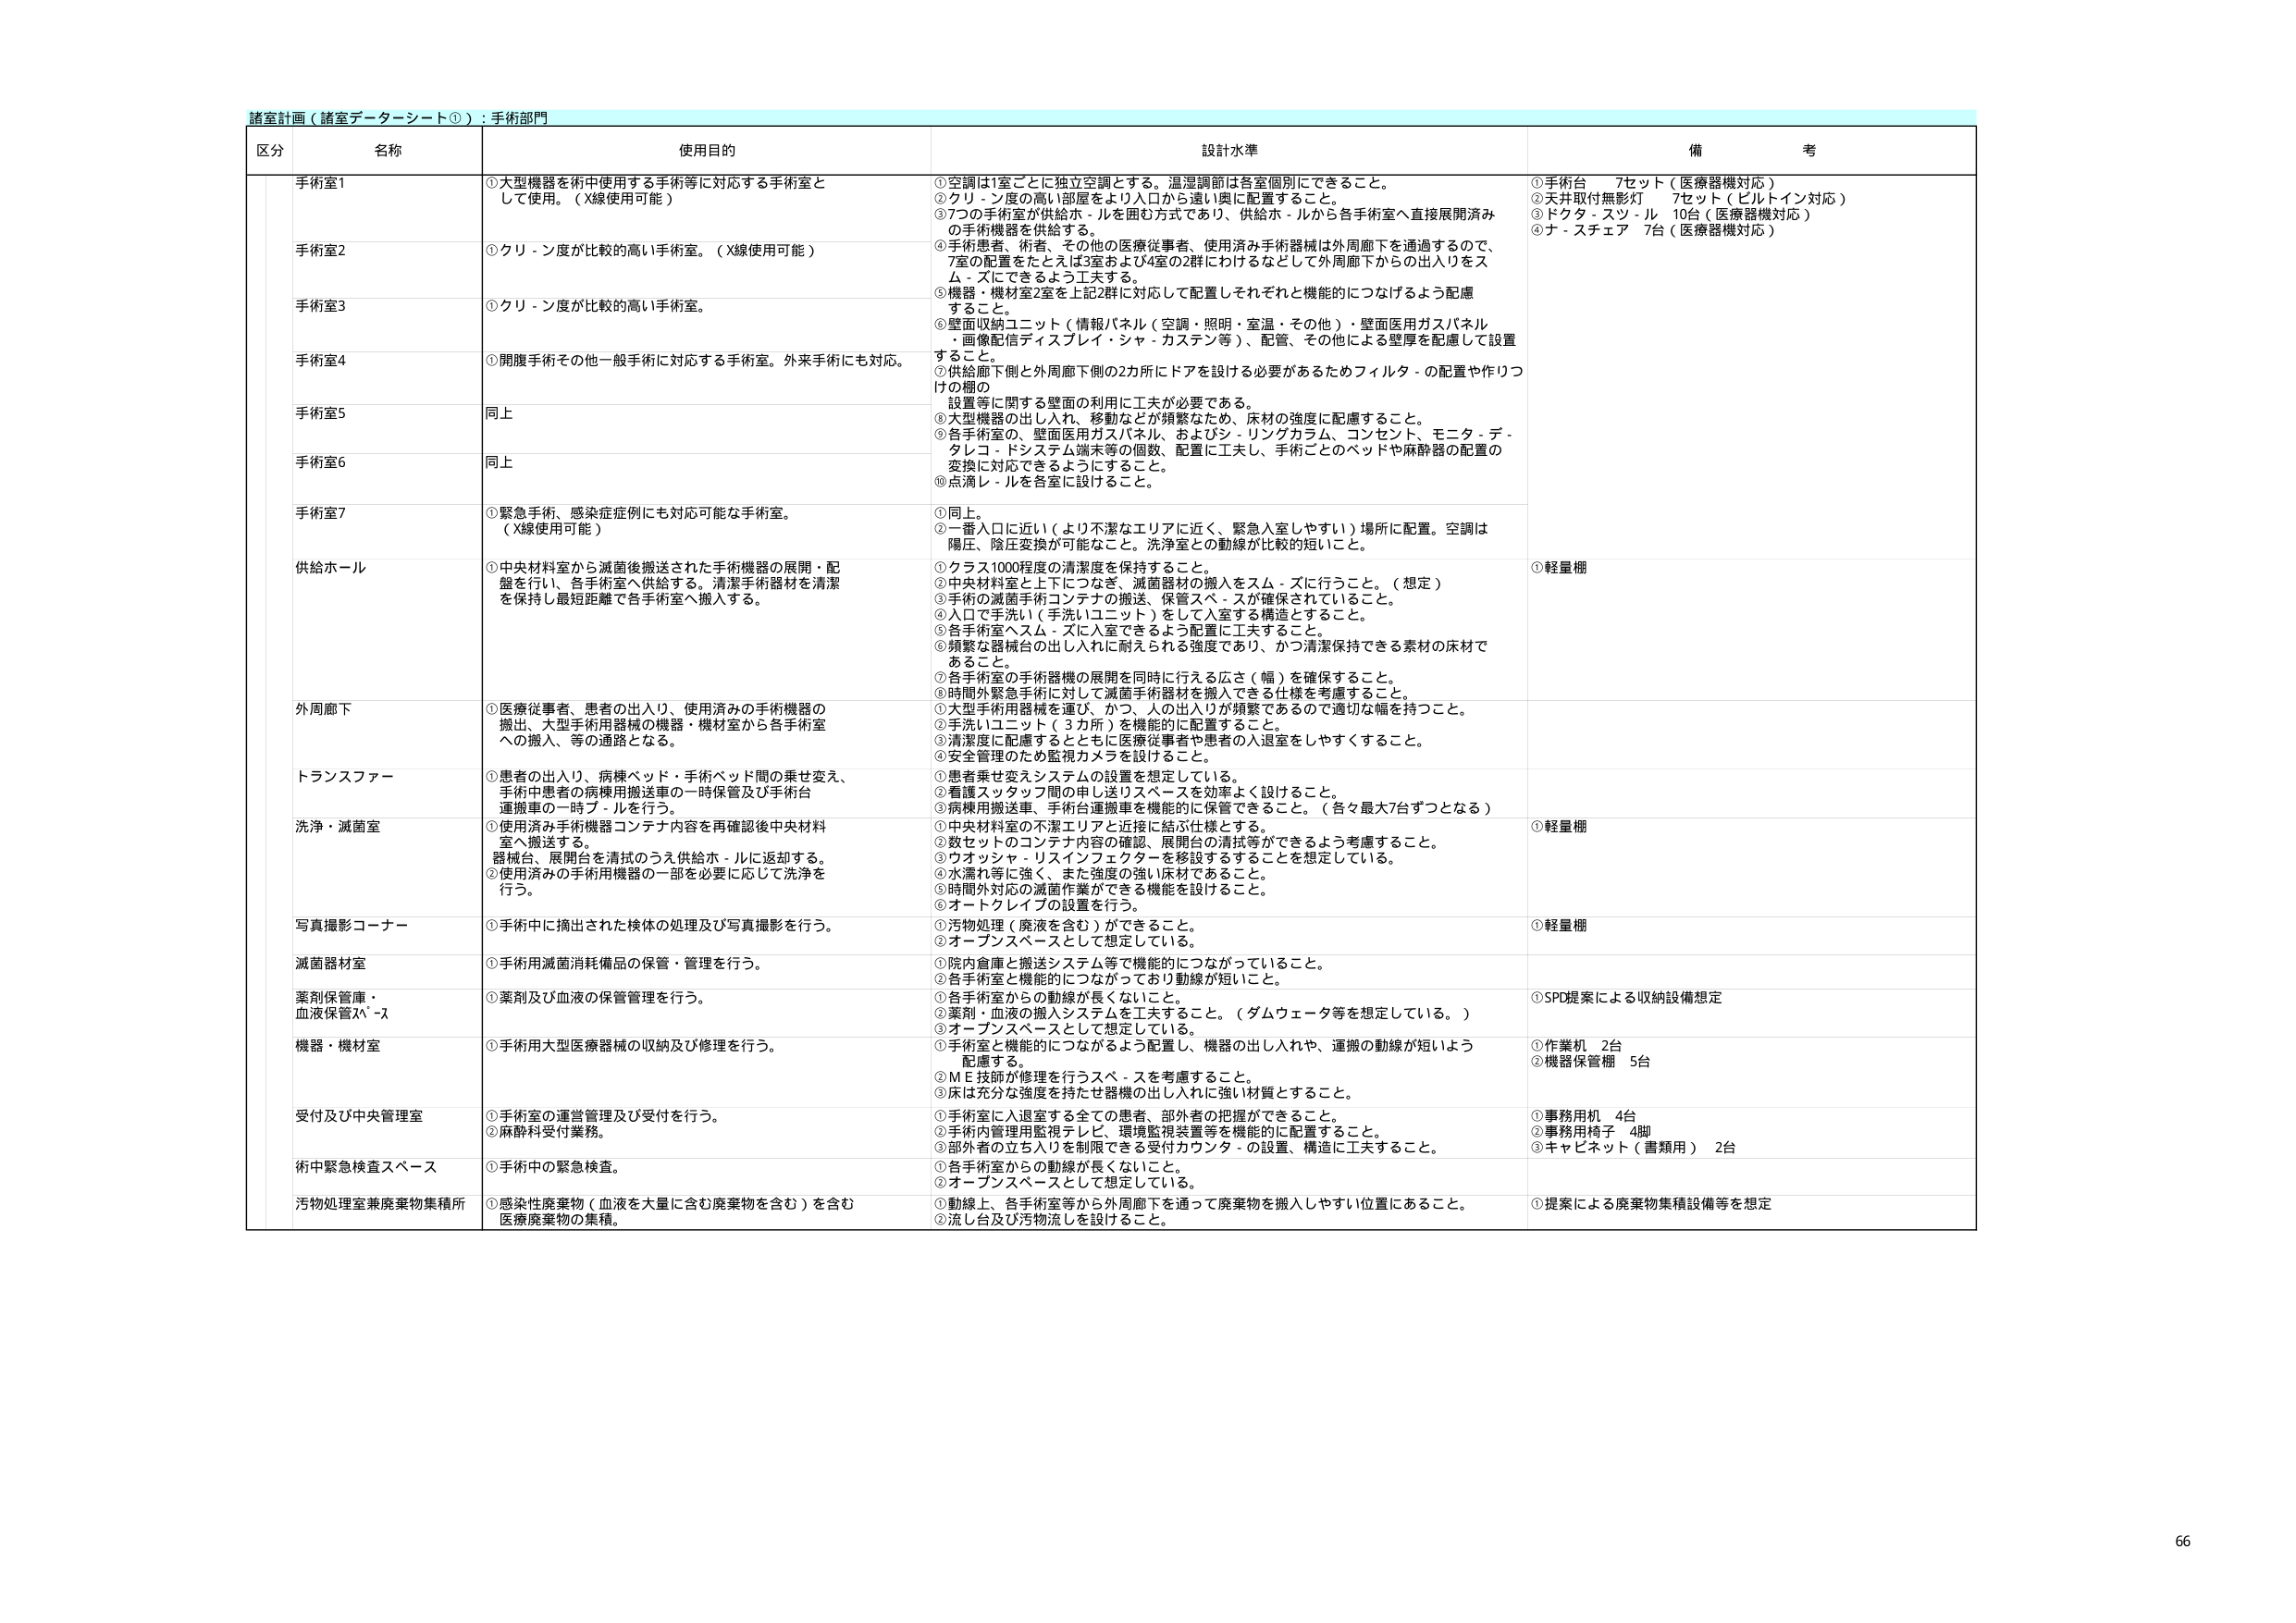
諸室計画（諸室データシート①）：手術部門

区分 名称 使用目的 設計水準 備考

手術室1 ①大型機器を術中使用する手術等に対応する手術室として使用。（X線使用可能） ①空調は1室ごとに独立空調とする。温湿調節は各室個別にできること。 ②クリ－ン度の高い部屋をより入口から遠い奥に配置すること。 ③7つの手術室が供給ホ－ルを囲む方式であり、供給ホ－ルから各手術室へ直接展開済みの手術機器を供給する。 ①手術台 7セット（医療器機対応） ②天井取付無影灯 7セット（ビルトイン対応） ③ドクタ－スツ－ル 10台（医療器機対応） ④ナ－スチェア 7台（医療器機対応）

手術室2 ①クリ－ン度が比較的高い手術室。（X線使用可能） ④手術患者、術者、その他の医療従事者、使用済み手術器械は外周廊下を通過するので、7室の配置をたとえば3室および4室の2群にわけるなどして外周廊下からの出入りをスム－ズにできるよう工夫する。 ⑤機器・機材室2室を上記2群に対応して配置しそれぞれと機能的につなげるように配慮すること。 ⑥壁面収納ユニット（情報パネル（空調・照明・室温・その他）・壁面医用ガスパネル・画像配信ディスプレイ・シャ－カステン等）、配管、その他による壁厚を配慮して設置すること。 ⑦供給廊下側と外周廊下側の2カ所にドアを設ける必要があるためフィルタ－の配置や作りつけの棚の設置等に関する壁面の利用に工夫が必要である。 ⑧大型機器の出し入れ、移動などが頻繁なため、床材の強度に配慮すること。 ⑨各手術室の、壁面医用ガスパネル、およびシ－リングカラム、コンセント、モニタ－デ－タレコ－ドシステム端末等の個数、配置に工夫し、手術ごとのベッドや麻酔器の配置の変換に対応できるようにすること。 ⑩点滴レ－ルを各室に設けること。

手術室3 ①クリ－ン度が比較的高い手術室。

手術室4 ①開腹手術その他一般手術に対応する手術室。外来手術にも対応。

手術室5 同上

手術室6 同上

手術室7 ①緊急手術、感染症症例にも対応可能な手術室。（X線使用可能） ①同上。 ②一番入口に近い（より不潔なエリアに近く、緊急入室しやすい）場所に配置。空調は陽圧、陰圧変換が可能なこと。洗浄室との動線が比較的短いこと。

供給ホ－ル ①中央材料室から滅菌後搬送された手術機器の展開・配盤を行い、各手術室へ供給する。清潔手術器材を清潔を保持し最短距離で各手術室へ搬入する。 ①クラス1000程度の清潔度を保持すること。 ②中央材料室と上下につなぎ、滅菌器材の搬入をスム－ズに行うこと。（想定） ③手術の滅菌手術コンテナの搬送、保管スペースが確保されていること。 ④入口で手洗い（手洗いユニット）をして入室する構造とすること。 ⑤各手術室へスム－ズに入室できるよう配置に工夫すること。 ⑥頻繁な器械台の出し入れに耐えられる強度であり、かつ清潔保持できる素材の床材であること。 ⑦各手術室の手術器械の展開を同時に行える広さ（幅）を確保すること。 ⑧時間外緊急手術に対して滅菌手術器材を搬入できる仕様を考慮すること。 ①軽量棚

外周廊下 ①医療従事者、患者の出入り、使用済みの手術機器の搬出、大型手術用器械の機器・機材室から各手術室への搬入、等の通路となる。 ①大型手術用器械を運び、かつ、人の出入りが頻繁であるので適切な幅を持つこと。 ②手洗いユニット（3カ所）を機能的に配置すること。 ③清潔度に配慮するとともに医療従事者や患者の入退室をしやすくすること。 ④安全管理のため監視カメラを設けること。

トランスファー ①患者の出入り、病棟ベッド・手術ベッド間の乗せ変え、手術中患者の病棟用搬送車の一時保管及び手術台運搬車の一時プ－ルを行う。 ①患者乗せ変えシステムの設置を想定している。 ②看護スタッフ間の申し送りスペースを効率よく設けること。 ③病棟用搬送車、手術台運搬車を機能的に保管できること。（各々最大7台ずつとなる）

洗浄・滅菌室 ①使用済み手術機器コンテナ内容を再確認後中央材料室へ搬送する。器械台、展開台を清拭のうえ供給ホ－ルに返却する。②使用済みの手術用機器の一部を必要に応じて洗浄を行う。 ①中央材料室の不潔エリアと近接に結ぶ仕様とする。 ②数セットのコンテナ内容の確認、展開台の清拭等ができるよう考慮すること。 ③ウォッシャ－リスインフェクターを移設することを想定している。 ④水濡れ等に強く、また強度の強い床材であること。 ⑤時間外対応の滅菌作業ができる機能を設けること。 ⑥オートクレーブの設置を行う。 ①軽量棚

写真撮影コーナー ①手術中に摘出された検体の処理及び写真撮影を行う。 ①汚物処理（廃液を含む）ができること。 ②オープンスペースとして想定している。 ①軽量棚

滅菌器材室 ①手術用滅菌消耗備品の保管・管理を行う。 ①院内倉庫と搬送システム等で機能的につながっていること。 ②各手術室と機能的につながっており動線が短いこと。

薬剤保管庫・血液保管スペース ①薬剤及び血液の保管管理を行う。 ①各手術室からの動線が長くないこと。 ②薬剤・血液の搬入システムを工夫すること。（ダムウェータ等を想定している。） ③オープンスペースとして想定している。 ①SPD提案による収納設備想定

機器・機材室 ①手術用大型医療器械の収納及び修理を行う。 ①手術室と機能的につながるよう配置し、機器の出し入れや、運搬の動線が短いよう配慮する。 ②ＭＥ技師が修理を行うスペースを考慮すること。 ③床は充分な強度を持たせ器械の出し入れに強い材質とすること。 ①作業机 2台 ②機器保管棚 5台

受付及び中央管理室 ①手術室の運営管理及び受付を行う。②麻酔科受付業務。 ①手術室に入退室する全ての患者、部外者の把握ができること。 ②手術内管理用監視テレビ、環境監視装置等を機能的に配置すること。 ③部外者の立ち入りを制限できる受付カウンタ－の設置、構造に工夫すること。 ①事務用机 4台 ②事務用椅子 4脚 ③キャビネット（書類用） 2台

術中緊急検査スペース ①手術中の緊急検査。 ①各手術室からの動線が長くないこと。 ②オープンスペースとして想定している。

汚物処理室兼廃棄物集積所 ①感染性廃棄物（血液を大量に含む廃棄物を含む）を含む医療廃棄物の集積。 ①動線上、各手術室等から外周廊下を通って廃棄物を搬入しやすい位置にあること。 ②流し台及び汚物流しを設けること。 ①提案による廃棄物集積設備等を想定

66